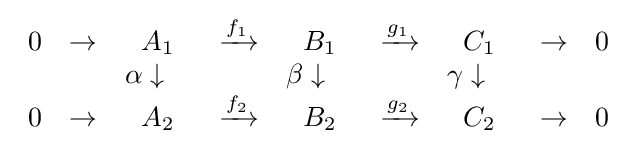
{\begin{array}{ccccccccc}0&\to &A_{1}&\xrightarrow {f_{1}} &B_{1}&\xrightarrow {g_{1}} &C_{1}&\to &0\\&&\alpha \downarrow \quad &&\beta \downarrow \quad &&\gamma \downarrow \quad &&\\0&\to &A_{2}&\xrightarrow {f_{2}} &B_{2}&\xrightarrow {g_{2}} &C_{2}&\to &0\end{array}}